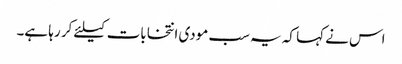
اس نے کہا کہ یہ سب مودی انتخابات کیلئے کر رہا ہے۔